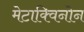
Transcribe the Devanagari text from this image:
मेटाक्विनोन